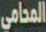
المحامي